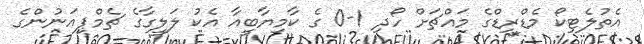
އެތުލެޓިކޯ މެޑްރިޑްގެ މައްޗަށް ހޯދި 1-0 ގެ ކާމިޔާބީއާ އެކު ލަލީގާގެ ޗެމްޕިއަނުންގެ